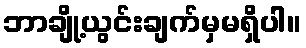
ဘာချို့ယွင်းချက်မှမရှိပါ။